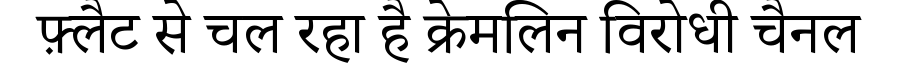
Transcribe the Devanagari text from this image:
फ़्लैट से चल रहा है क्रेमलिन विरोधी चैनल